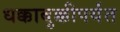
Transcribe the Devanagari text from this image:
धक्काबुक्कीपर्यंत